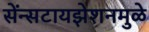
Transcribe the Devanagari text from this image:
सेंन्सटायझेशनमुळे